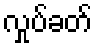
လှုပ်ခတ်